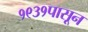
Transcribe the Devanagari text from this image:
१९३१पासून